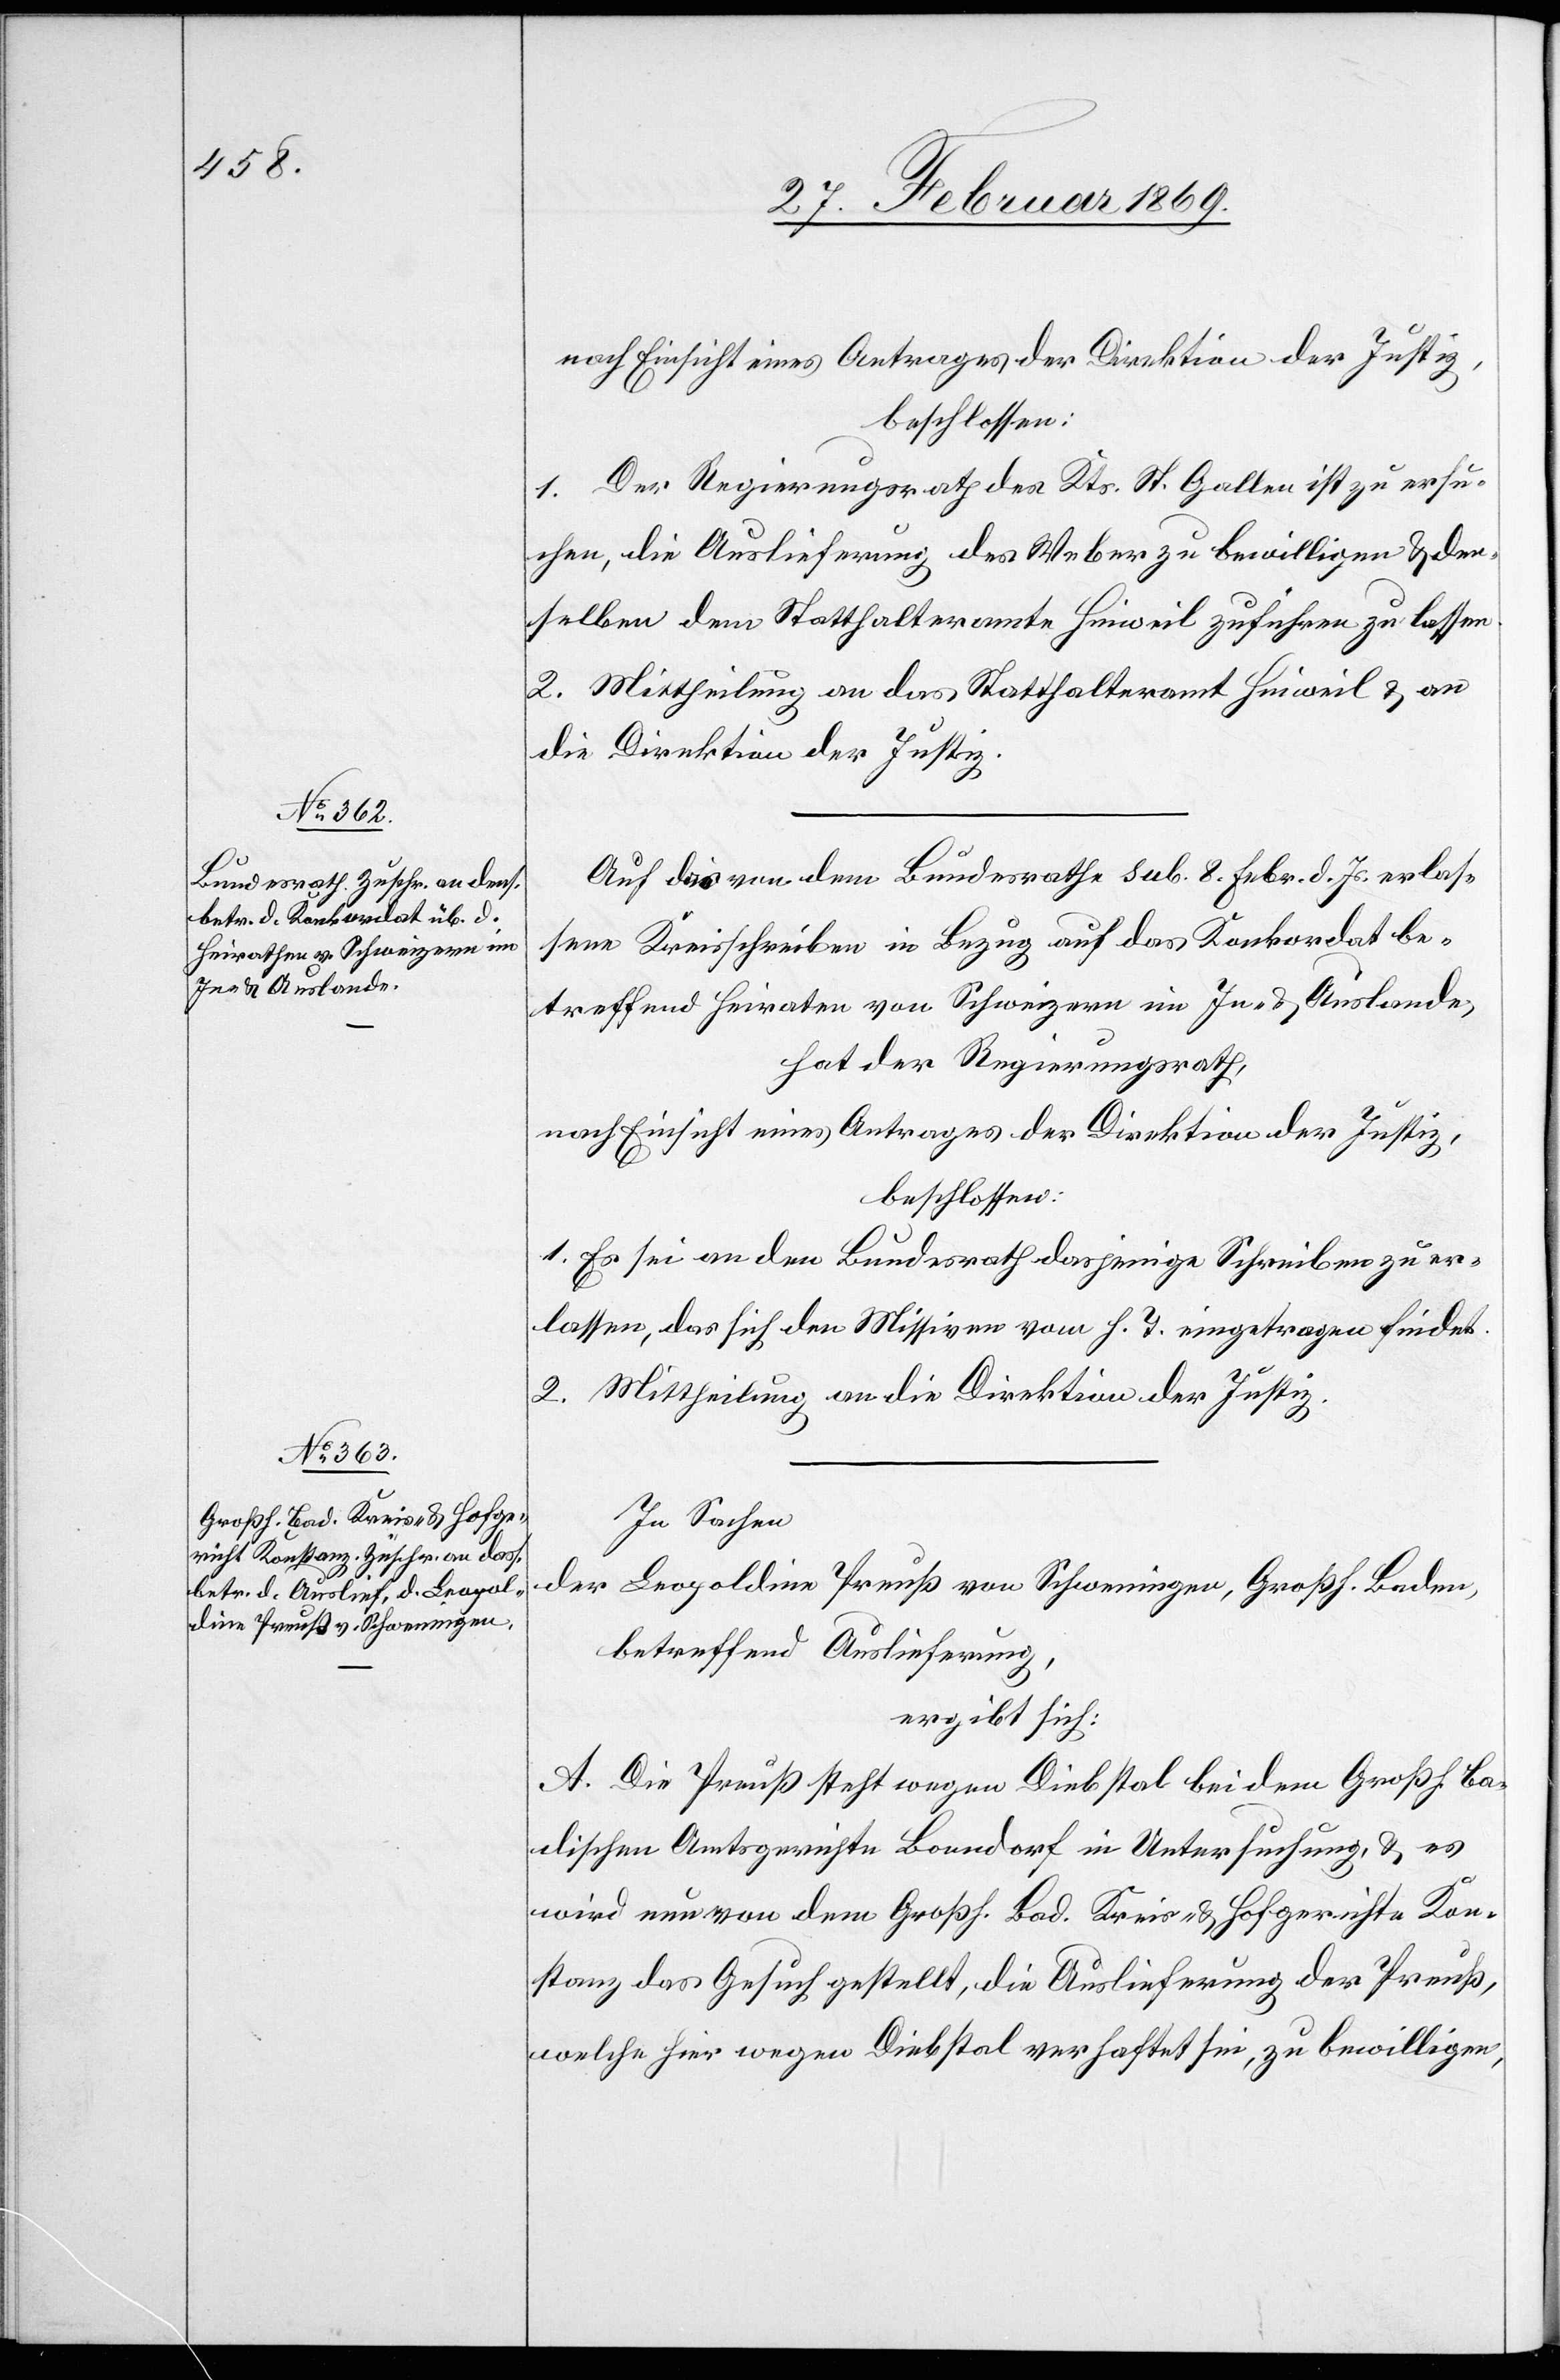
nach Einsicht eines Antrages der Direktion der Justiz,
beschlossen:
1. Der Regierungsrath des Kts. St. Gallen ist zu ersu¬
chen, die Auslieferung des Weber zu bewilligen u. den¬
selben dem Statthalteramte Hinweil zuführen zu lassen.
2. Mittheilung an das Statthalteramt Hinweil u. an
die Direktion der Justiz.
Auf das von dem Bundesrathe sub. 8. Febr. d. Js. erlas¬
sene Kreisschreiben in Bezug auf das Konkordat be¬
treffend Heiraten von Schweizern im In- & Auslande,
hat der Regierungsrath,
nach Einsicht eines Antrages der Direktion der Justiz,
beschlossen:
1. Es sei an den Bundesrath dasjenige Schreiben zu er¬
lassen, das sich [in] den Missiven vom h. T. eingetragen findet.
2. Mittheilung an die Direktion der Justiz.
In Sachen
der Leopoldine Preuß von Schwenningen, Großh. Baden,
betreffend Auslieferung,
ergibt sich:
A. Die Preuß steht wegen Diebstal bei dem Großh. Ba¬
dischen Amtsgerichte Bonndorf in Untersuchung, & es
wird nun von dem Großh. Bad. Kreis- u. Hofgerichte Kon¬
stanz das Gesuch erstellt, die Auslieferung der Preuß,
welche hier wegen Diebstal verhaftet sei, zu bewilligen,